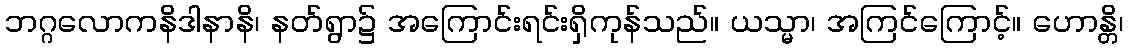
ဘဂ္ဂလောကနိဒါနာနိ၊ နတ်ရွာ၌ အကြောင်းရင်းရှိကုန်သည်။ ယသ္မာ၊ အကြင်ကြောင့်။ ဟောန္တိ၊